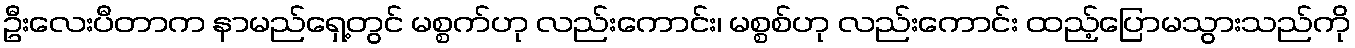
ဦးလေးပီတာက နာမည်ရှေ့တွင် မစ္စက်ဟု လည်းကောင်း၊ မစ္စစ်ဟု လည်းကောင်း ထည့်ပြောမသွားသည်ကို